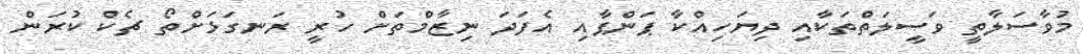
މުވާސަލާތީ ވަސީލަތްތަކާއި ދިޔަހިއްކާ ޕަންޕާއި އެފަދަ ނިޒާމްތަށް ހުރީ ރަނގަޅަށްތޯ ޗެކް ކުރަން